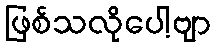
ဖြစ်သလိုပေါ့ဗျာ